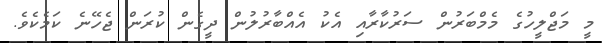
މީ މަޖްލީހުގެ މެމްބަރުން ސަރުކާރާއި އެކު އެއްބާރުލުން ދީގެން ކުރަން ޖެހޭނެ ކަމެކެވެ.